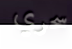
سحري